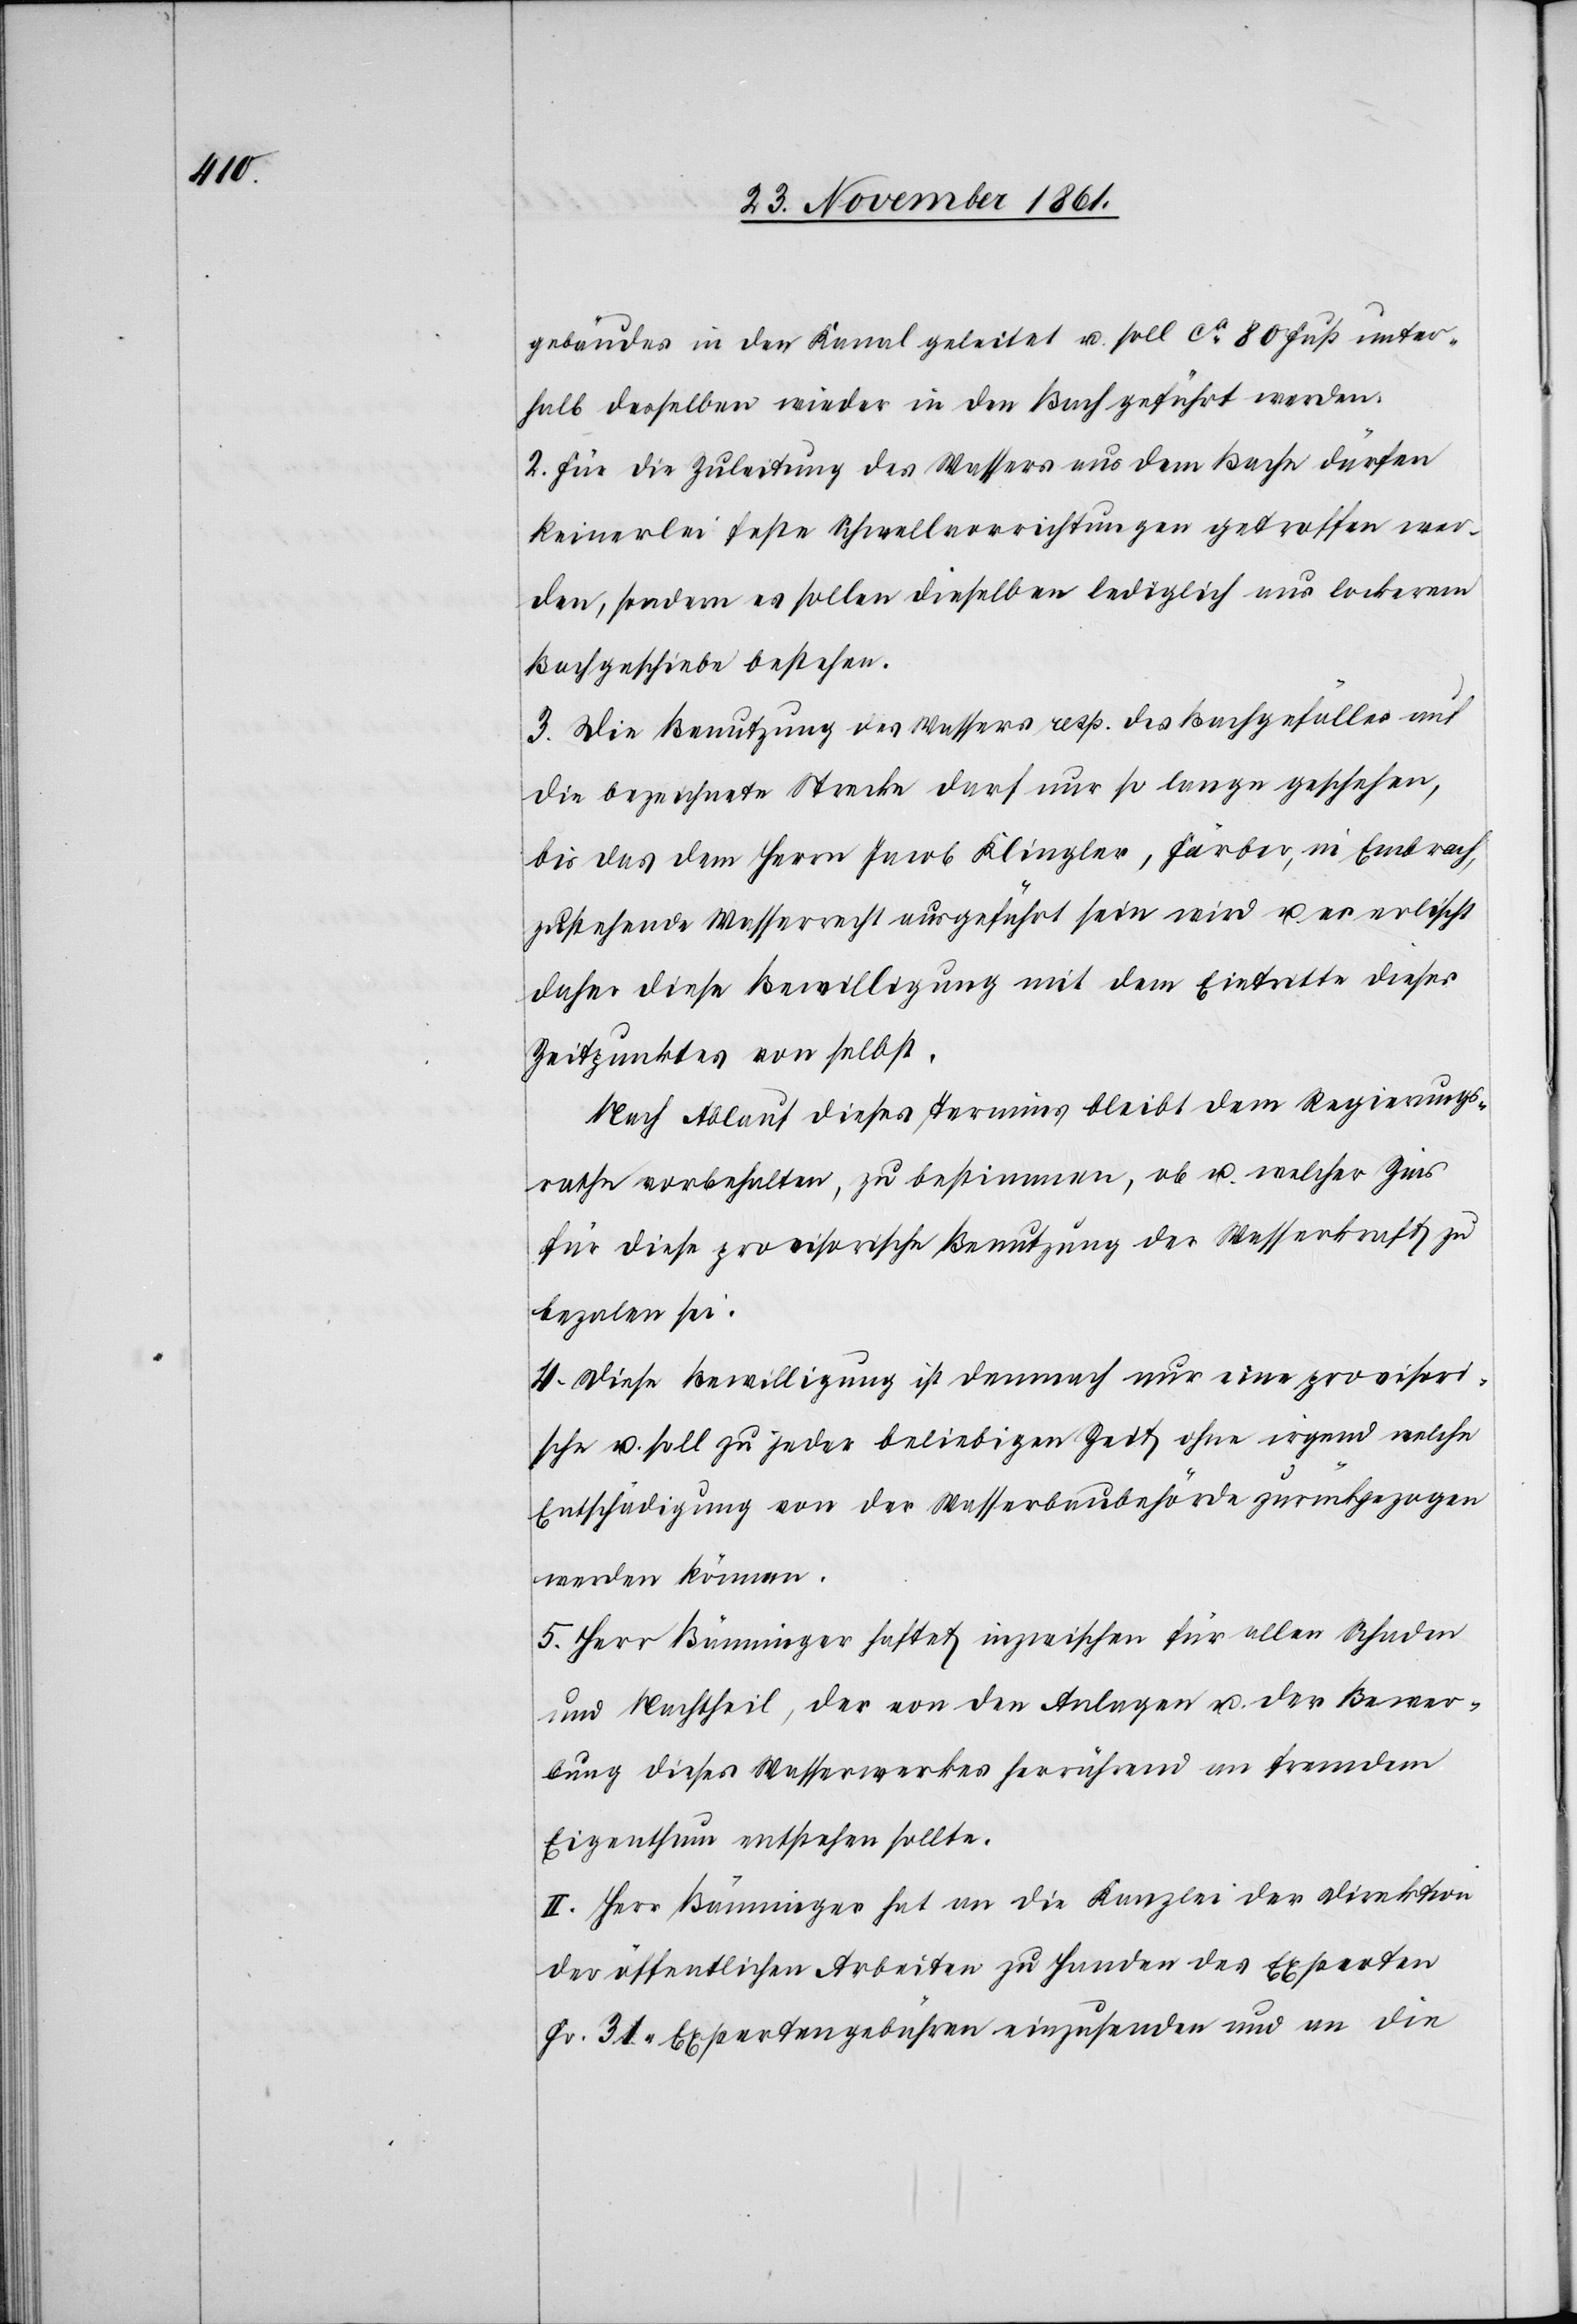
gebäudes in den Kanal geleitet u. soll ca 80 Fuß unter¬
halb desselben wieder in den Bach geführt werden.
2. Für die Zuleitung des Wassers aus dem Bache dürfen
keinerlei feste Schwellvorrichtungen getroffen wer¬
den, sondern es sollen dieselben lediglich aus lockerem
Bachgeschiebe bestehen.
3. Die Benutzung des Wassers resp. des Bachgefälles auf
die bezeichnete Strecke darf nur so lange geschehen,
bis das dem Herrn Jacob Klingler, Färber, in Embrach,
zustehende Wasserrecht ausgeführt sein wird u. es erlischt
daher diese Bewilligung mit dem Eintritte dieses
Zeitpunktes von selbst.
Nach Ablauf dieses Termins bleibt dem Regierungs¬
rathe vorbehalten, zu bestimmen, ob u. welcher Zins
für diese provisorische Benutzung der Wasserkraft zu
bezalen sei.
4. Diese Bewilligung ist demnach nur eine provisori¬
sche u. soll zu jeder beliebigen Zeit ohne irgend welche
Entschädigung von der Wasserbaubehörde zurückgezogen
werden können.
5. Herr Bänninger haftet inzwischen für allen Schaden
und Nachtheil, der von den Anlagen u. der Bewer¬
bung dieses Wasserwerkes herrührend an fremdem
Eigenthum entstehen sollte.
II. Herr Bänninger hat an die Kanzlei der Direktion
der öffentlichen Arbeiten zu Handen des Experten
Fr. 31 Expertengebühren einzusenden und an die